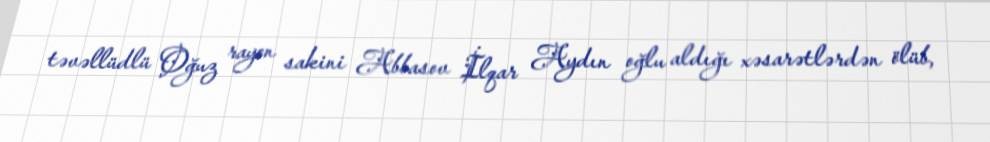
təvəllüdlü Oğuz rayon sakini Abbasov İlqar Aydın oğlu aldığı xəsarətlərdən ölüb,